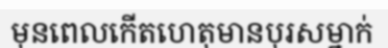
មុនពេលកើតហេតុមានបុរសម្នាក់